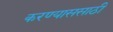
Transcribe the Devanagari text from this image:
करण्याससाठी